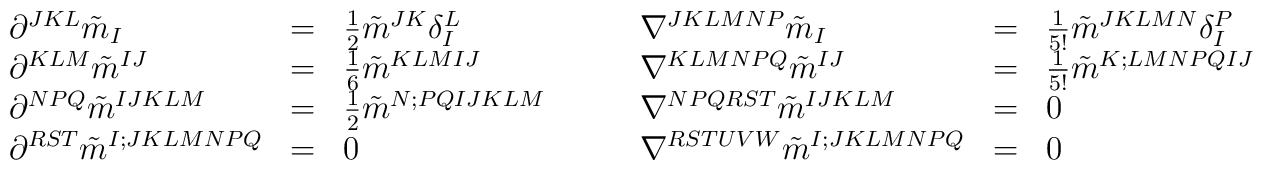
\begin{array}{lllp{.5cm}lll}\partial^{JKL} \tilde m_I  &  =  & \frac{1}{2}  \tilde m^{JK} \delta_I^L& & \nabla^{JKLMNP} \tilde m_I  &  =  & \frac{1}{5!}  \tilde m^{JKLMN} \delta_I^P  \\\partial^{KLM} \tilde m^{IJ} & = & \frac{1}{6} \tilde m^{KLMIJ}&& \nabla^{KLMNPQ} \tilde m^{IJ} & = & \frac{1}{5!} \tilde m^{K;LMNPQIJ}  \\\partial^{NPQ}  \tilde m^{IJKLM} & = &  \frac{1}{2} \tilde m^{N;PQIJKLM}&& \nabla^{NPQRST}  \tilde m^{IJKLM} & = &  0 \\\partial^{RST} \tilde m^{I;JKLMNPQ} & = & 0& & \nabla^{RSTUVW} \tilde m^{I;JKLMNPQ} & = & 0\end{array}